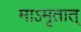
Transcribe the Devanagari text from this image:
माऽमृतात्‌